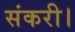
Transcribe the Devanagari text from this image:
संकरी।